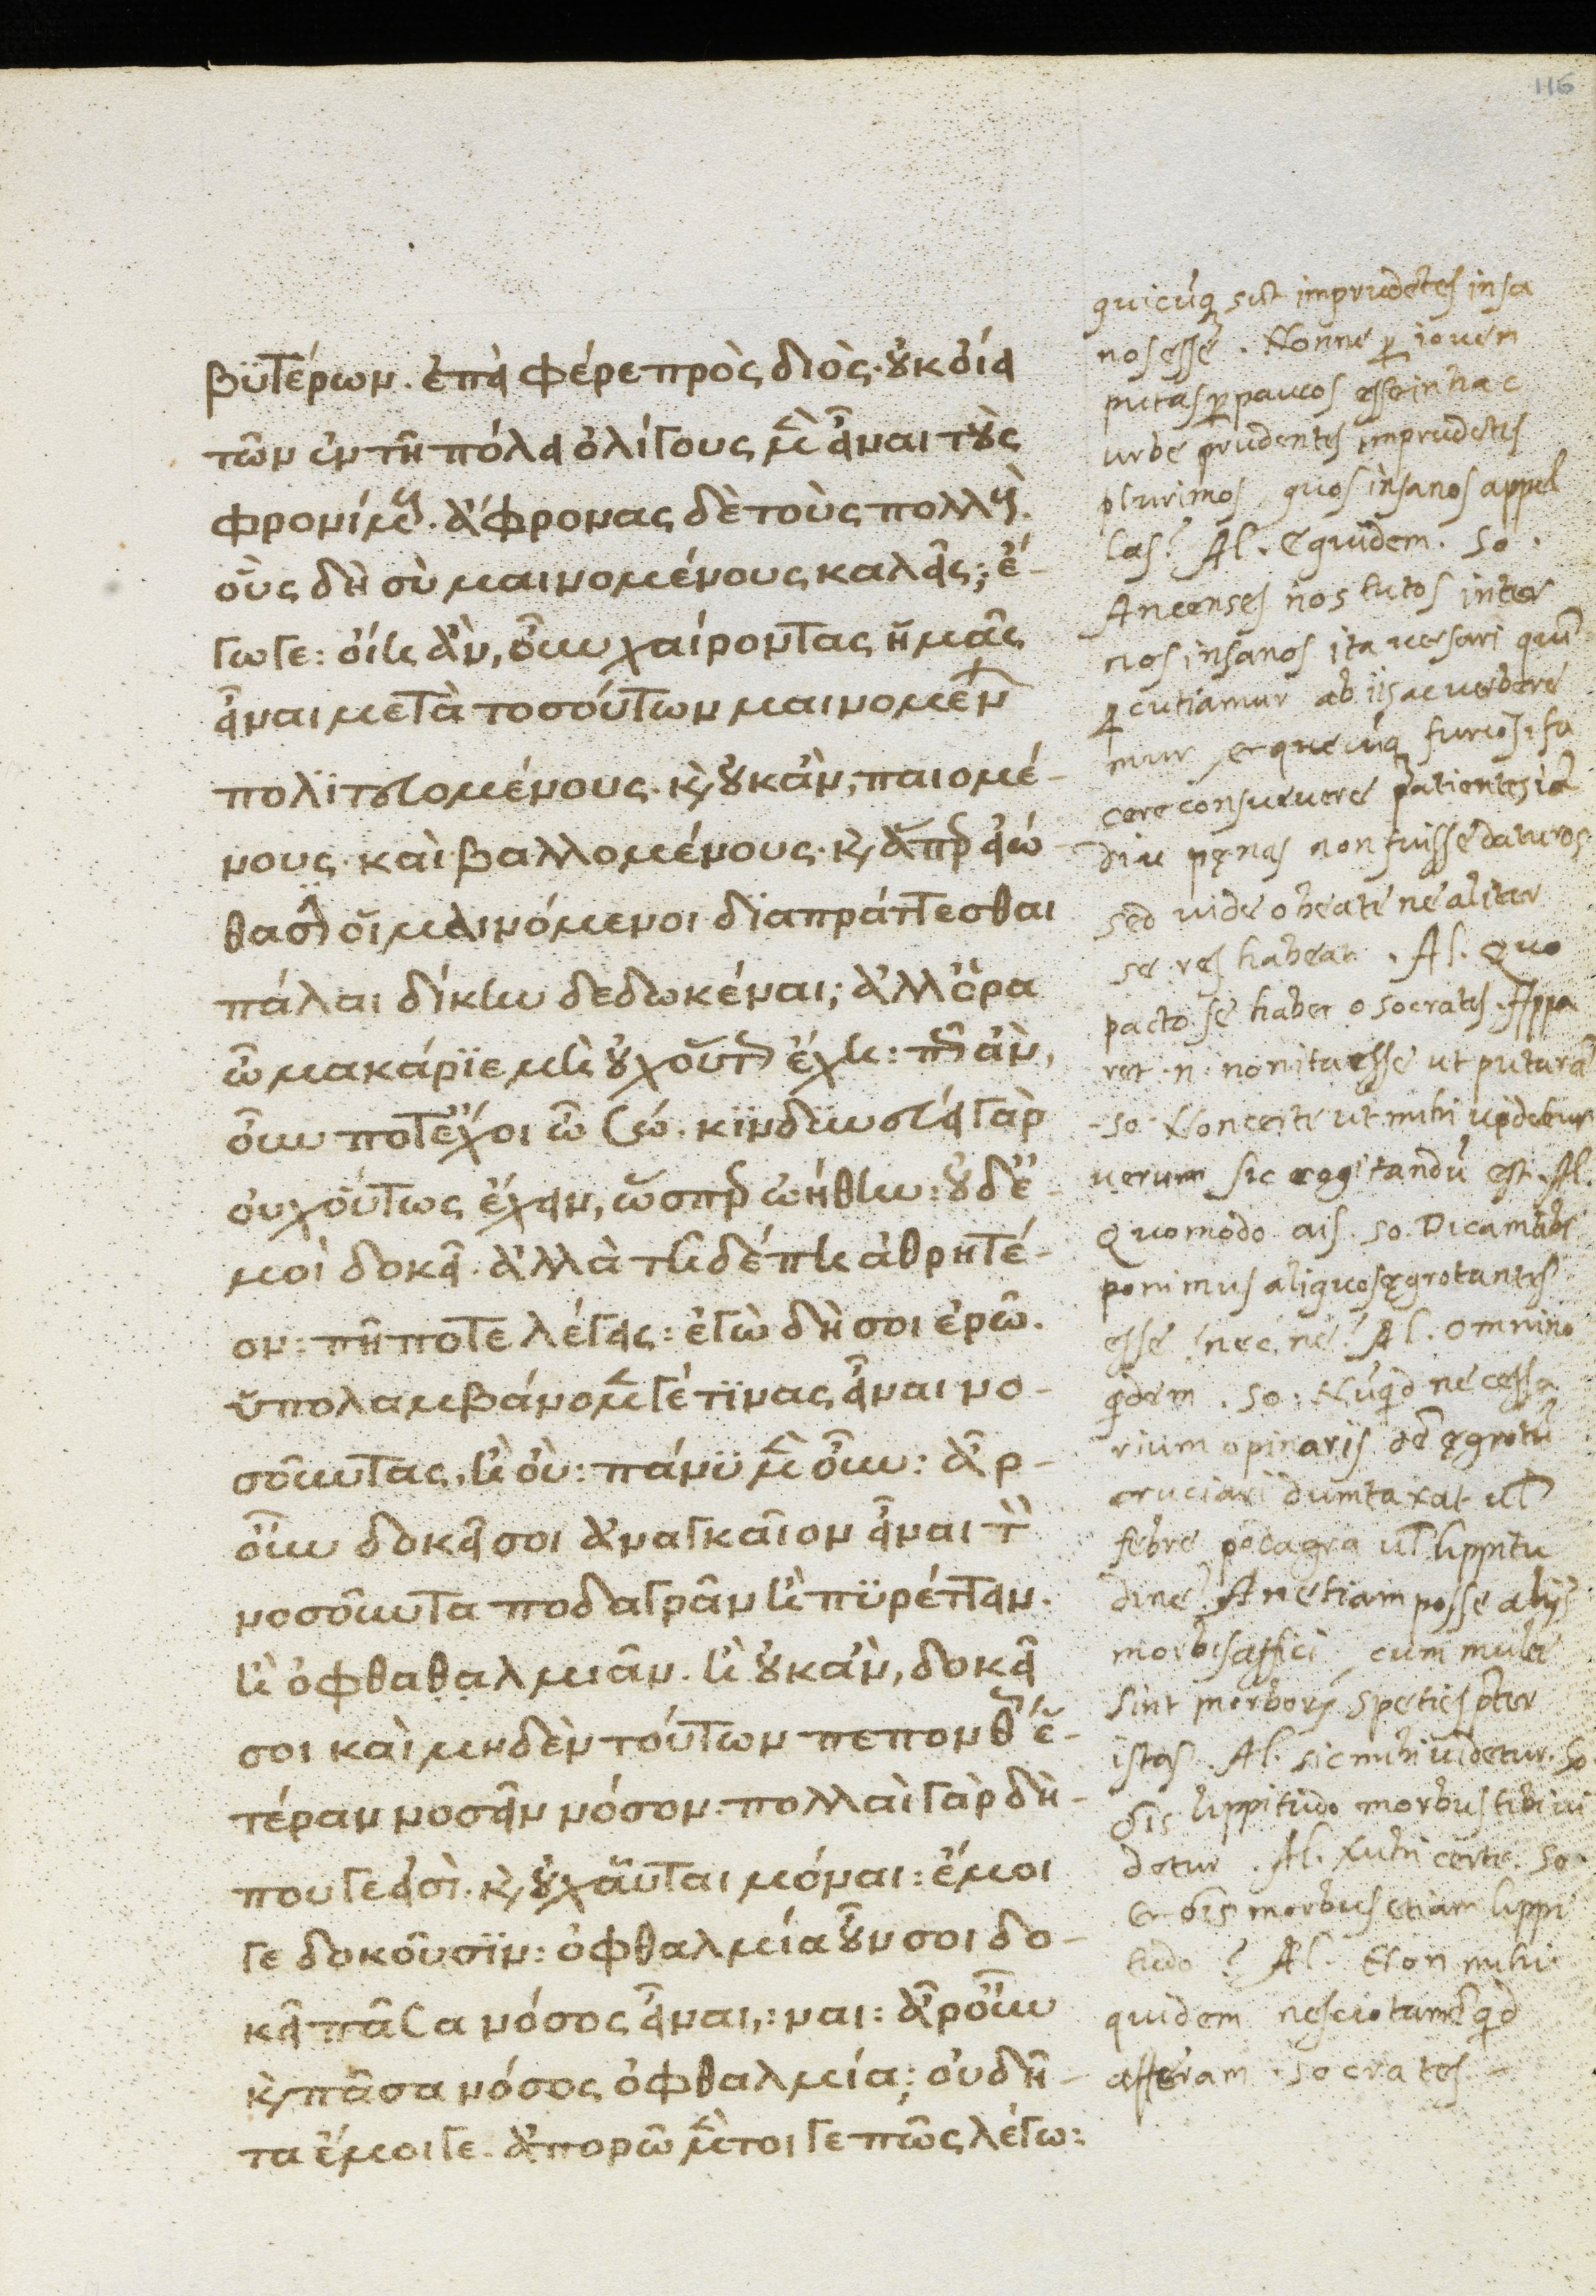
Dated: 1370–1430